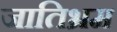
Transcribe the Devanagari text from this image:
जातिभ्रम